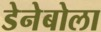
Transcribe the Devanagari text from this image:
डेनेबोला